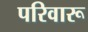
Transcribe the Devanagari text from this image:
परिवारू